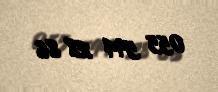
055 594 28 86